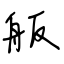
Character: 舨